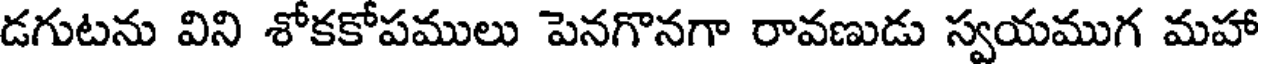
డగుటను విని శోకకోపములు పెనగొనగా రావణుడు స్వయముగ మహా